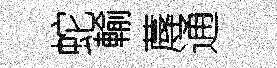
蛇輸蓐通